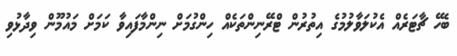
ބެހޭ ޗާޓަރެއް އެކުލަވާލުމުގެ އިތުރުން ޓްރޭނިންތަކެއް ހިންގުމަށް ނިންމާފައިވާ ކަަމަށް މައުމޫން ވިދާޅުވި